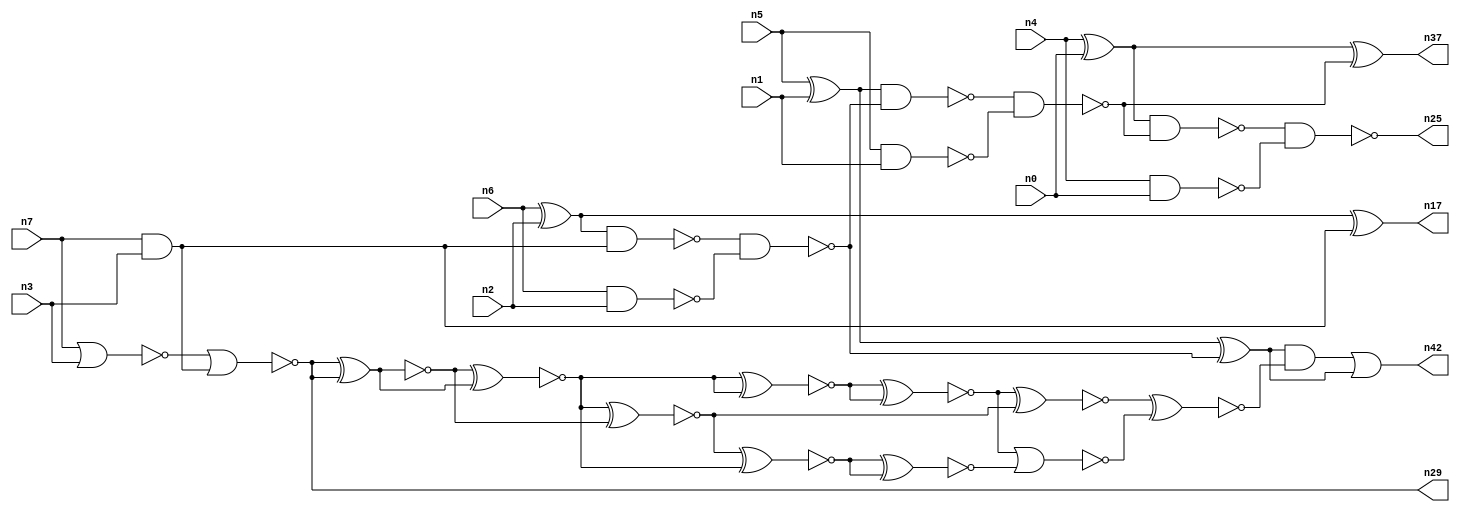
// This program was cloned from: https://github.com/umar-afzaal/ReCkt
// License: MIT License

// This file contains a pareto-optimal circuit with respect to pdp and the fault-resilince parameter p_fault which is defined as:
// "For all input vectors, the ratio of the no. of faults observable at the POs to the no. of total possible faults in the circuit".
// This code is part of the ReCkt library (https://github.com/umar-afzaal/ReCkt) distributed under The MIT License.
// When used, please cite the following article(s):
// U. Afzaal, A.S. Hassan, M. Usman and J.A. Lee, "On the Evolutionary Synthesis of Increased Fault-resilience Arithmetic Circuits".

// p_fault = 56.7 %    (Lower is better)
// gates = 35.0
// levels = 12
// area = 49.58    (For MCNC library relative to nand2)
// power = 204.5 uW    (Berkely-SIS for MCNC library @ Vdd=5V and 20 MHz clock)
// delay = 22.5 ns    (Berkely-ABC for MCNC library)
// PDP = 4.60125e-12 J

// Pin mapping:
// {n0, n1, n2, n3} = A[3:0]
// {n4, n5, n6, n7} = B[3:0]
// {n25, n37, n42, n17, n29} = O[4:0]

module addr4u_pdp_28 (
n0, n1, n2, n3, n4, n5, n6, n7, 
n25, n37, n42, n17, n29
);

input n0, n1, n2, n3, n4, n5, n6, n7;
output n25, n37, n42, n17, n29;
wire n38, n41, n20, n23, n14, n35, n22, n32, n31, n36, n33, n40, n39, n11, n34, n13, n18, n30, n24, n9, 
n16, n8, n15, n10, n26, n19, n21, n27, n28, n12;

nand (n8, n6, n2);
xor (n9, n5, n1);
and (n10, n7, n3);
nor (n11, n7, n3);
xor (n12, n6, n2);
nand (n13, n4, n0);
xor (n14, n4, n0);
nand (n15, n5, n1);
nand (n16, n12, n10);
xor (n17, n12, n10);
nor (n18, n11, n10);
nand (n19, n16, n8);
nand (n20, n9, n19);
xor (n21, n9, n19);
nand (n22, n20, n15);
xor (n23, n14, n22);
nand (n24, n14, n22);
nand (n25, n24, n13);
xnor (n26, n18, n18);
xnor (n27, n18, n18);
not (n28, n26);
and (n29, n18, n18);
xnor (n30, n26, n28);
xnor (n31, n27, n28);
xnor (n32, n30, n27);
xnor (n33, n31, n30);
xnor (n34, n32, n31);
xnor (n35, n33, n33);
xnor (n36, n35, n32);
and (n37, n23, n23);
xnor (n38, n34, n34);
nor (n39, n35, n38);
xnor (n40, n36, n39);
and (n41, n21, n40);
or (n42, n41, n21);

endmodule